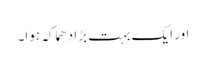
اور ایک بہت بڑا دھماکہ ہوا۔